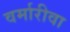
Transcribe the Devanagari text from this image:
वर्मारीवा